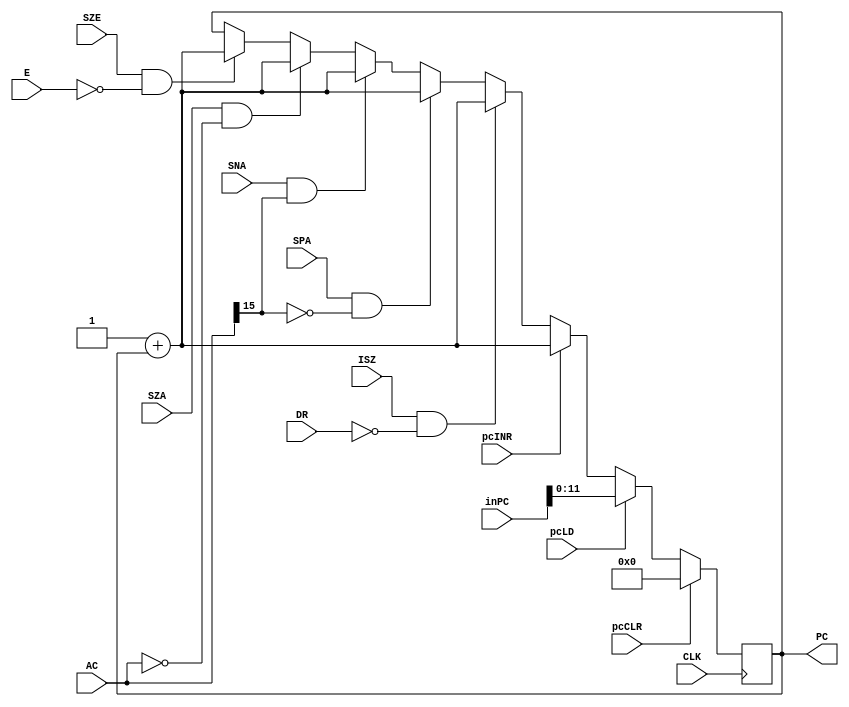
`timescale 1ns / 1ps

module pc_reg (
    input pcLD, CLK, pcINR, pcCLR,
          ISZ, SPA, SNA, SZA, SZE,
    input [15:0] inPC,
    input [15:0] AC,
    input [15:0] DR,
    input E,
    output reg [11:0] PC
);

    // Internal signals
    wire [11:0] inr16, sum;
    wire cout;

    // Register for holding the program counter value

    // Combinational logic for incrementing
    assign inr16 = 12'b000000000001 ;
    assign {cout, sum} = inr16 + PC;


    initial PC = 12'b0;
    // Sequential logic for program counter behavior
    always @(posedge CLK) begin
        if (pcCLR) begin
            PC <= 12'b0; // Clear the program counter
        end else begin
            if (pcLD) begin
                PC <= inPC; // Load input value to the program counter
            end else begin
                if (pcINR) begin
                    PC <= sum; // Increment program counter value
                end else begin
                    if (ISZ && (DR == 16'h0000)) begin
                        PC <= sum; // Increment program counter if ISZ and DR is zero
                    end else begin
                        if (SPA && (AC[15] == 0)) begin
                            PC <= sum; // Increment program counter if SPA and AC[15] is zero
                        end else begin
                            if (SNA && (AC[15] == 1)) begin
                                PC <= sum; // Increment program counter if SNA and AC[15] is one
                            end else begin
                                if (SZA && (AC == 16'h0000)) begin
                                    PC <= sum; // Increment program counter if SZA and AC is zero
                                end else begin
                                    if (SZE && (E == 0)) begin
                                        PC <= sum; // Increment program counter if SZE and E is zero
                                    end
                                end
                            end
                        end
                    end
                end
            end
        end
    end

    // Output assignment

endmodule